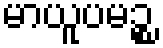
မာယူပမဉ္စ